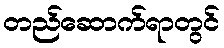
တည်ဆောက်ရာတွင်